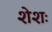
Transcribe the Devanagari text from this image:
शेशः